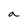
Character: a